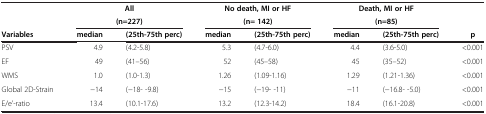
<table><thead><tr><td rowspan="2"><b> </b></td><td colspan="2"><b>All</b></td><td colspan="2"><b>No death, MI or HF</b></td><td colspan="2"><b>Death, MI or HF</b></td><td rowspan="2"><b> </b></td></tr><tr><td colspan="2"><b>(n=227)</b></td><td colspan="2"><b>(n= 142)</b></td><td colspan="2"><b>(n=85)</b></td></tr><tr><td><b>Variables</b></td><td><b>median</b></td><td><b>(25th-75th perc)</b></td><td><b>median</b></td><td><b>(25th-75th perc)</b></td><td><b>median</b></td><td><b>(25th-75th perc)</b></td><td><b>p</b></td></tr></thead><tbody><tr><td>PSV</td><td>4.9</td><td>(4.2-5.8)</td><td>5.3</td><td>(4.7-6.0)</td><td>4.4</td><td>(3.6-5.0)</td><td>&lt;0.001</td></tr><tr><td>EF</td><td>49</td><td>(41–56)</td><td>52</td><td>(45–58)</td><td>45</td><td>(35–52)</td><td>&lt;0.001</td></tr><tr><td>WMS</td><td>1.0</td><td>(1.0-1.3)</td><td>1.26</td><td>(1.09-1.16)</td><td>1.29</td><td>(1.21-1.36)</td><td>&lt;0.001</td></tr><tr><td>Global 2D-Strain</td><td>−14</td><td>(−18- -9.8)</td><td>−15</td><td>(−19- -11)</td><td>−11</td><td>(−16.8- -5.0)</td><td>&lt;0.001</td></tr><tr><td>E/e&#x27;-ratio</td><td>13.4</td><td>(10.1-17.6)</td><td>13.2</td><td>(12.3-14.2)</td><td>18.4</td><td>(16.1-20.8)</td><td>&lt;0.001</td></tr></tbody></table>